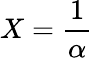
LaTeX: X={\frac{1}{\alpha}}